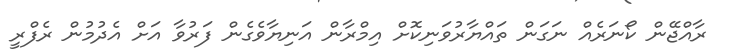
ރާއްޖޭން ކޯނަރެއް ނަގަން ތައްޔާރުވަނިކޮށް އިމްރާން އަނިޔާވެގެން ފަރުވާ އަށް އެދުމުން ރެފްރީ